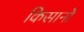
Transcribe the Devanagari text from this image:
किसानोें